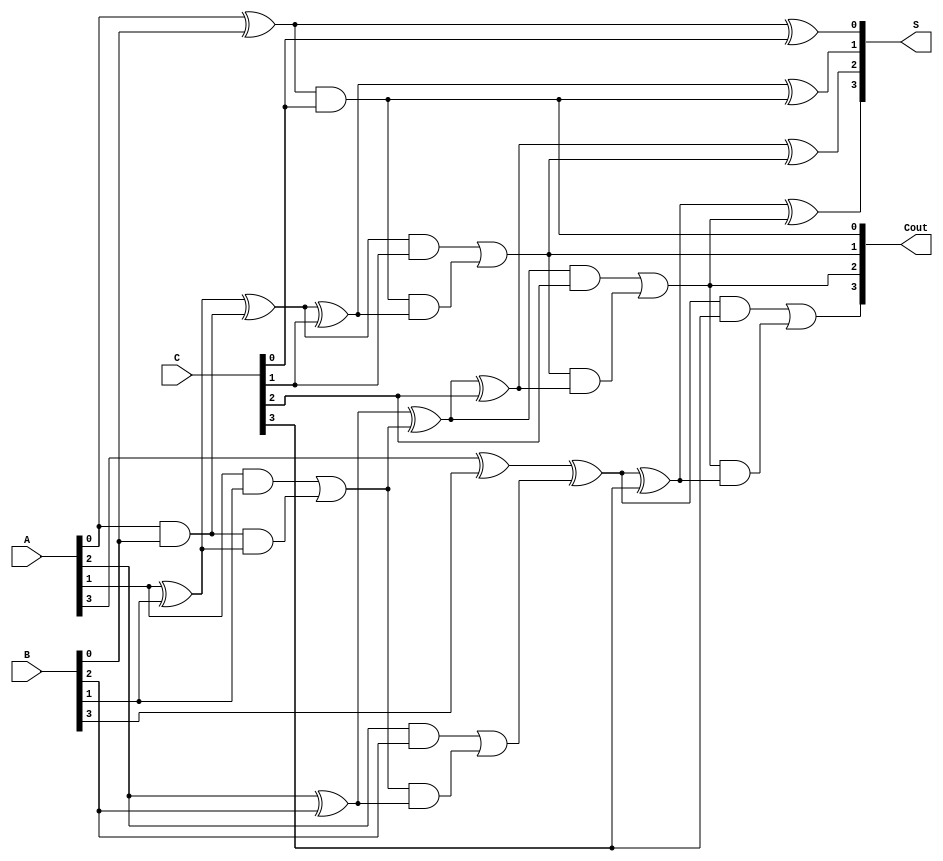
module RCSA #(parameter n = 4) (
    input  [n-1:0] A,  // First n-bit input
    input  [n-1:0] B,  // Second n-bit input
    input  [n-1:0] C,  // Third n-bit input
    output [n-1:0] S,  // Partial sum output
    output [n-1:0] Cout // Carry output
);
    wire [n-1:0] sum_ab, sum_ac, sum_bc;
    wire [n-1:0] carry_ab, carry_ac, carry_bc;

    // Stage 1: Add A and B
    generate
        genvar i;
        for (i = 0; i < n; i = i + 1) begin : CSA_AB
            if (i == 0) begin
                assign sum_ab[i] = A[i] ^ B[i]; // Sum for LSB
                assign carry_ab[i] = A[i] & B[i]; // Carry for LSB
            end else begin
                assign sum_ab[i] = A[i] ^ B[i] ^ carry_ab[i-1]; // Sum
                assign carry_ab[i] = (A[i] & B[i]) | (carry_ab[i-1] & (A[i] ^ B[i])); // Carry
            end
        end
    endgenerate

    // Stage 2: Add sum_ab and C
    generate
        for (i = 0; i < n; i = i + 1) begin : CSA_AC
            if (i == 0) begin
                assign sum_ac[i] = sum_ab[i] ^ C[i]; // Sum for LSB
                assign carry_ac[i] = sum_ab[i] & C[i]; // Carry for LSB
            end else begin
                assign sum_ac[i] = sum_ab[i] ^ C[i] ^ carry_ac[i-1]; // Sum
                assign carry_ac[i] = (sum_ab[i] & C[i]) | (carry_ac[i-1] & (sum_ab[i] ^ C[i])); // Carry
            end
        end
    endgenerate

    // Final carry output
    assign Cout = carry_ac;

    // Final partial sum output
    assign S = sum_ac;

endmodule